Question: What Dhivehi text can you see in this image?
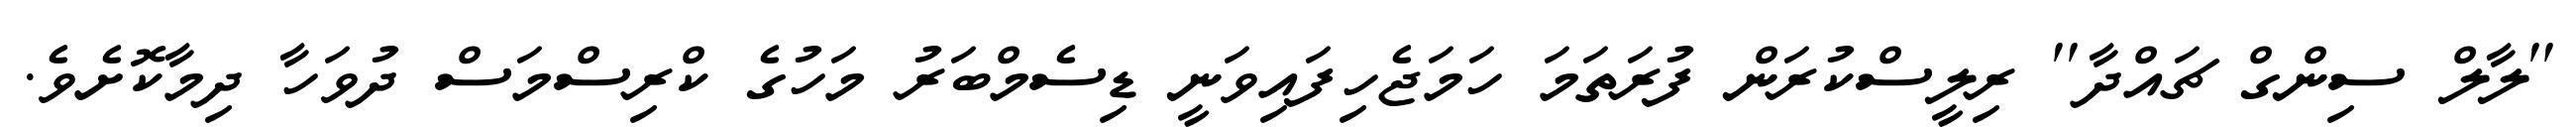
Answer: ''ލާލް ސިންގް ޗައްދާ'' ރިލީސްކުރަން ފުރަތަމަ ހަމަޖެހިފައިވަނީ ޑިސެމްބަރު މަހުގެ ކްރިސްމަސް ދުވަހާ ދިމާކޮށެވެ.